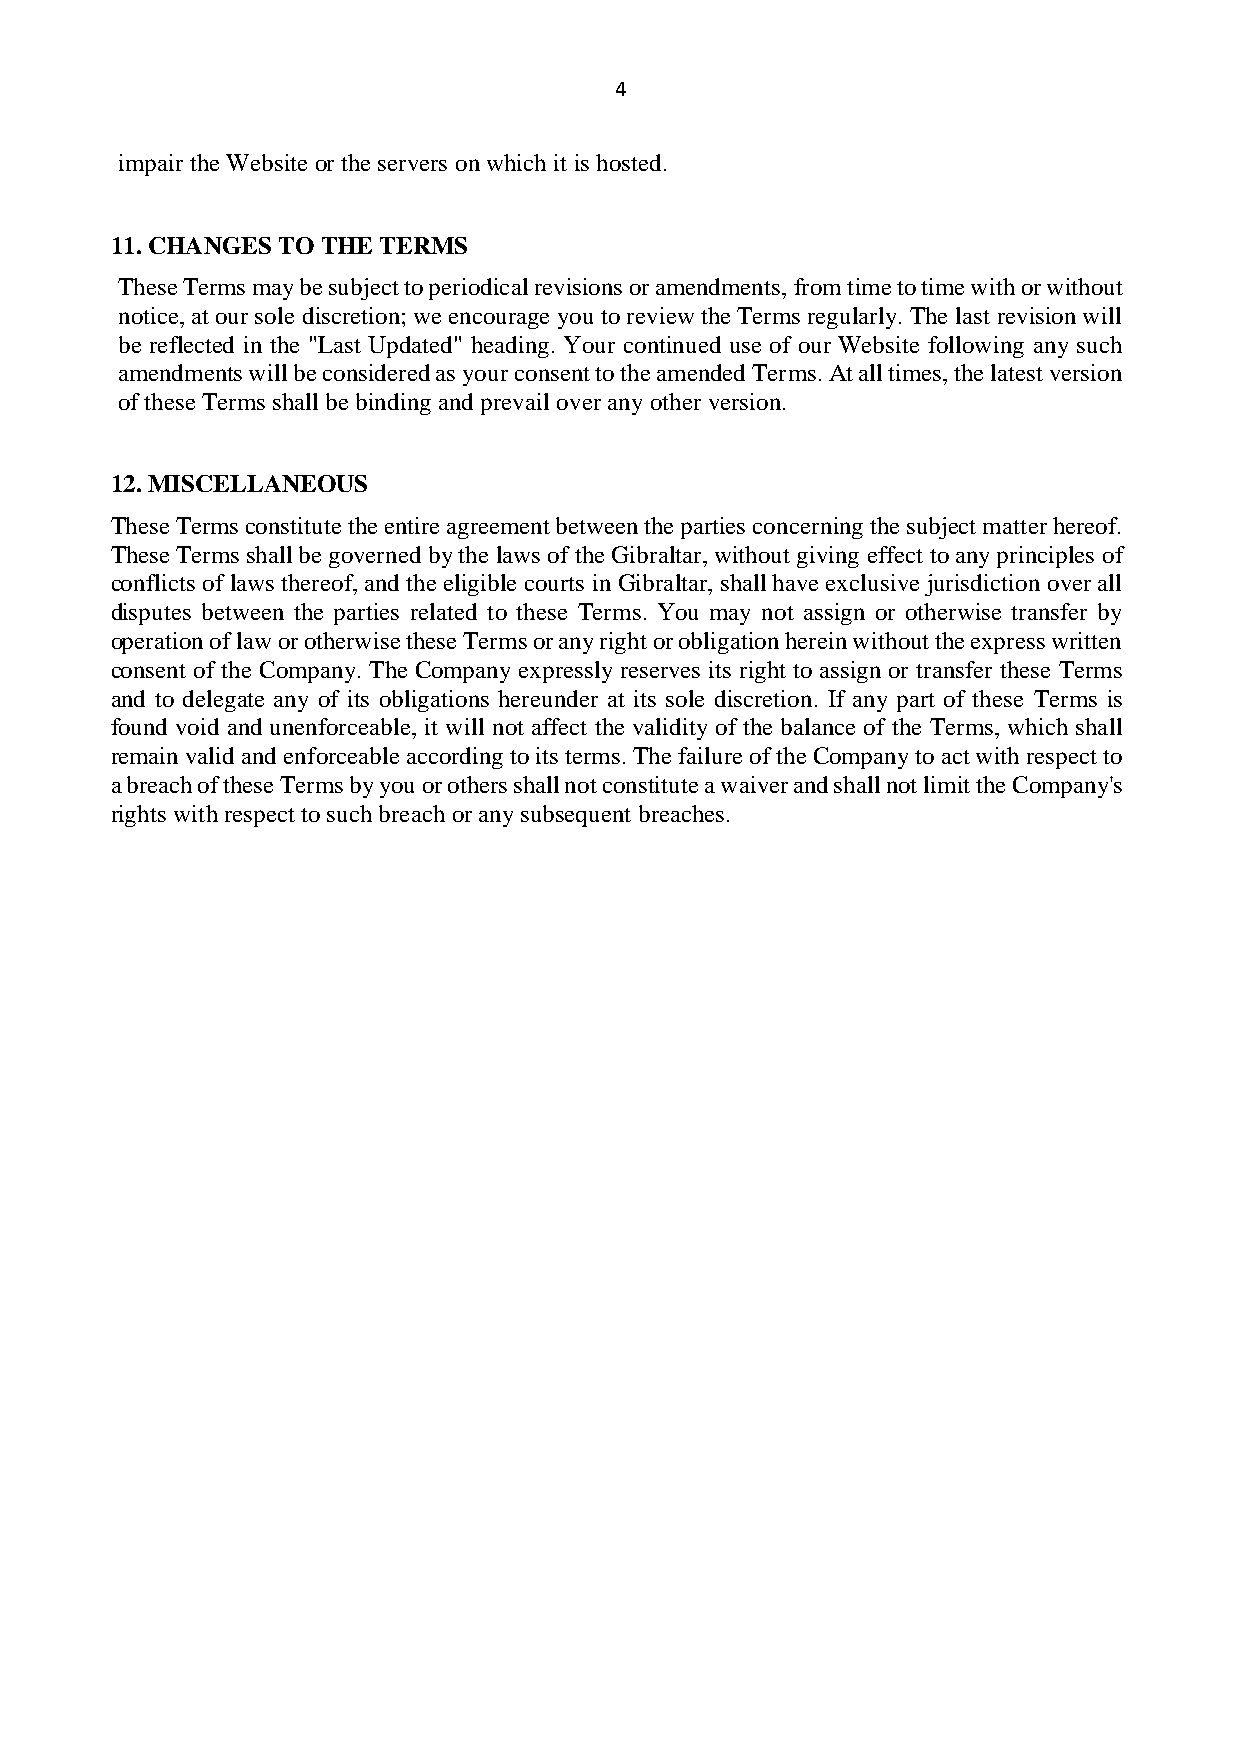
4
 impair the Website or the servers on which it is hosted.
 11. CHANGES TO THE TERMS
 These Terms may be subject to periodical revisions or amendments, from time to time with or without
 notice, at our sole discretion; we encourage you to review the Terms regularly. The last revision will
 be reflected in the "Last Updated" heading. Your continued use of our Website following any such
 amendments will be considered as your consent to the amended Terms. At all times, the latest version
 of these Terms shall be binding and prevail over any other version.
 12. MISCELLANEOUS
 These Terms constitute the entire agreement between the parties concerning the subject matter hereof.
 These Terms shall be governed by the laws of the Gibraltar, without giving effect to any principles of
 conflicts of laws thereof, and the eligible courts in Gibraltar, shall have exclusive jurisdiction over all
 disputes between the parties related to these Terms. You may not assign or otherwise transfer by
 operation of law or otherwise these Terms or any right or obligation herein without the express written
 consent of the Company. The Company expressly reserves its right to assign or transfer these Terms
 and to delegate any of its obligations hereunder at its sole discretion. If any part of these Terms is
 found void and unenforceable, it will not affect the validity of the balance of the Terms, which shall
 remain valid and enforceable according to its terms. The failure of the Company to act with respect to
 a breach of these Terms by you or others shall not constitute a waiver and shall not limit the Company's
 rights with respect to such breach or any subsequent breaches.